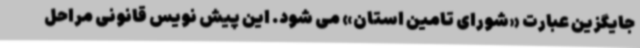
جایگزین عبارت «شورای تامین استان» می شود. این پیش نویس قانونی مراحل